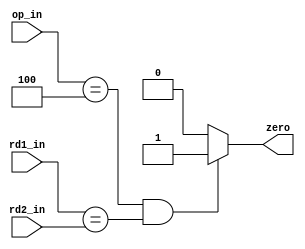
module b_eq( op_in, rd1_in, rd2_in, zero );
  
  parameter   BEQ = 6'd4;
  
  input[5:0]  op_in;
  input[31:0] rd1_in, rd2_in;
  output      zero;
  
  assign zero = ( op_in == BEQ && rd1_in == rd2_in ) ? 1'b1 : 1'b0;
  
endmodule